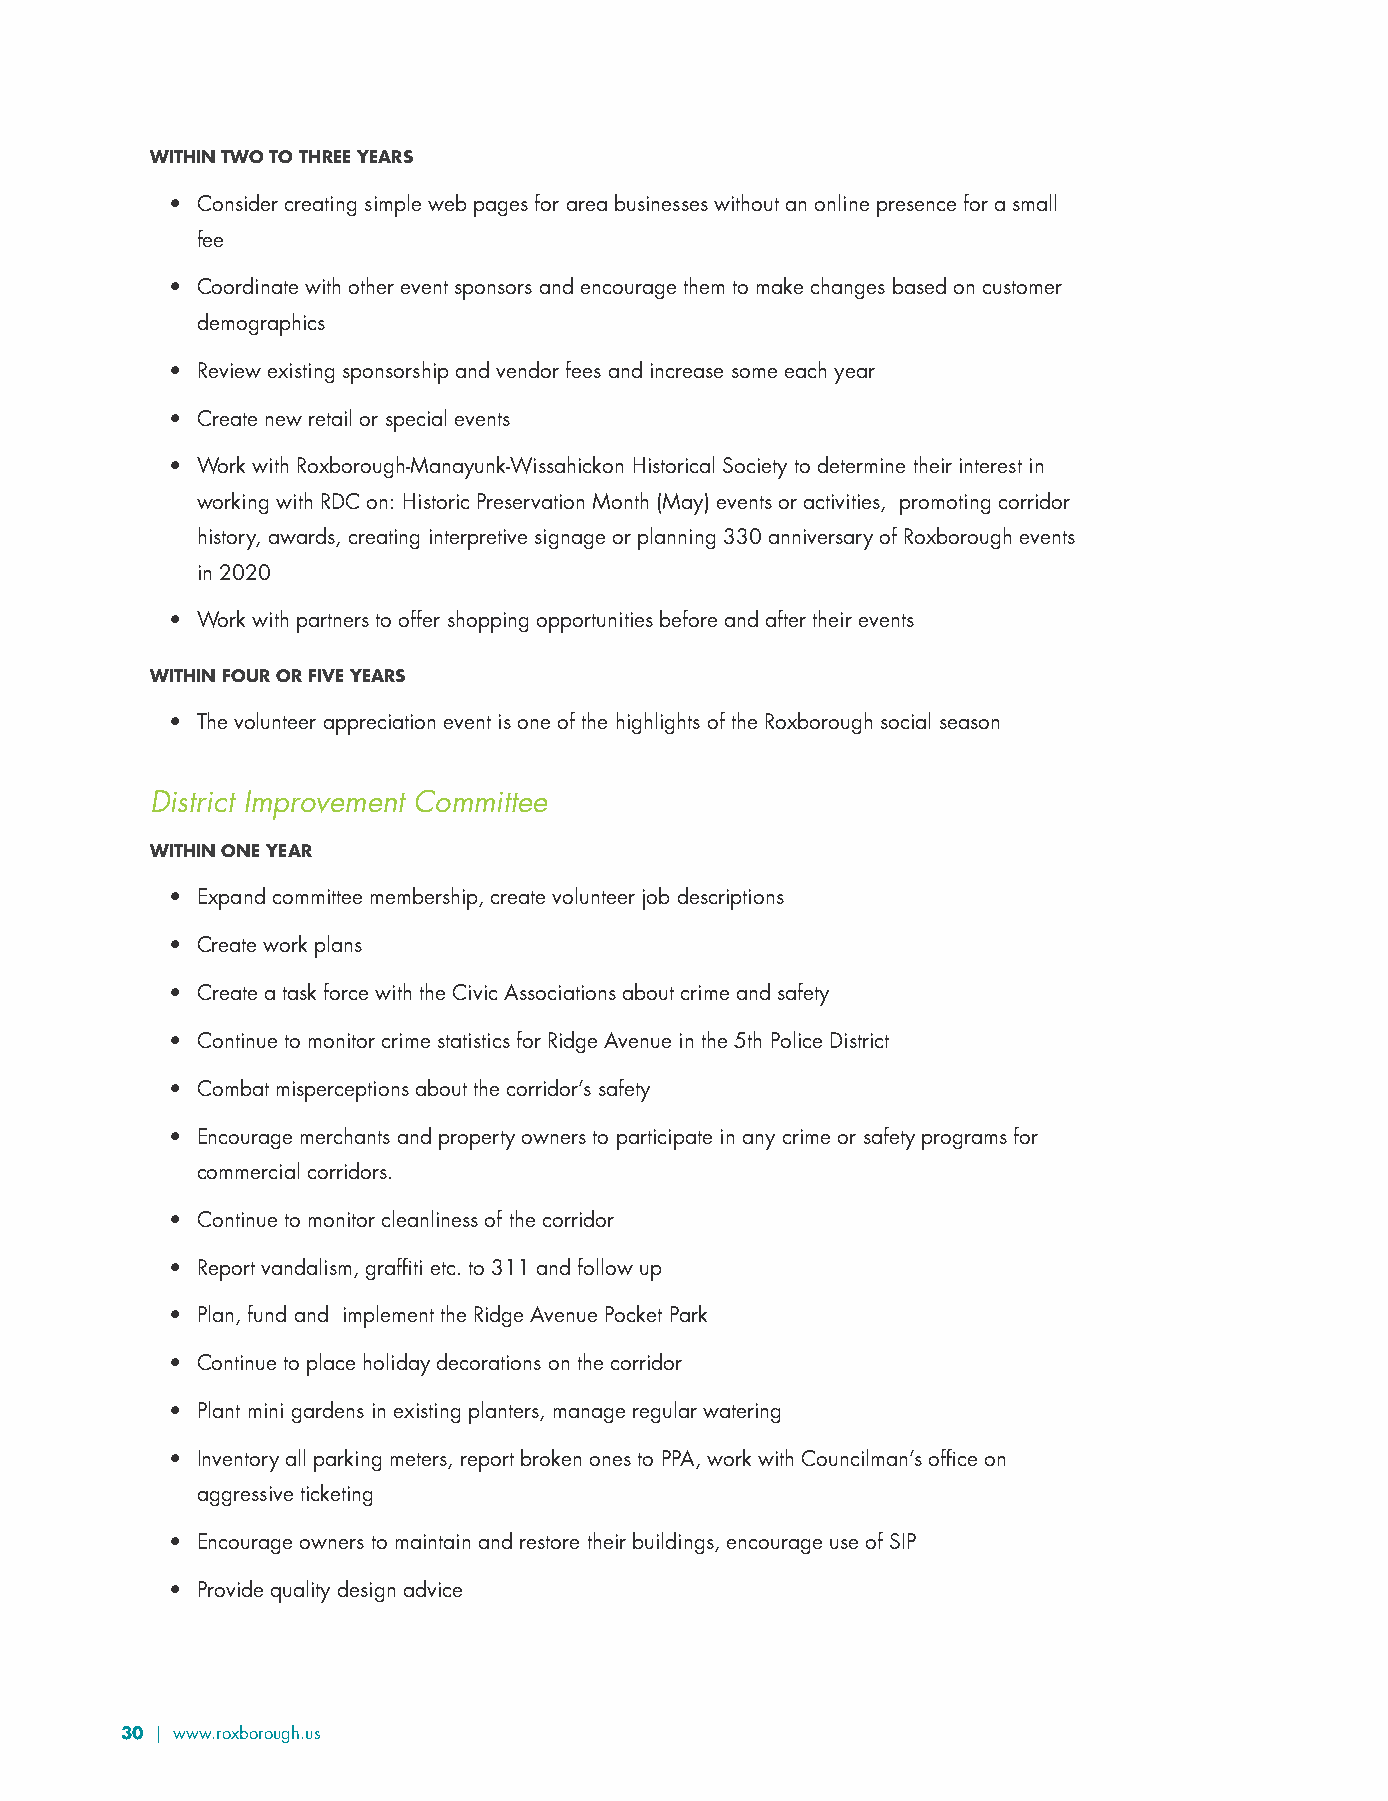
WITHIN TWO TO THREE YEARS
 • Consider creating simple web pages for area businesses without an online presence for a small
 fee
 • Coordinate with other event sponsors and encourage them to make changes based on customer
 demographics
 • Review existing sponsorship and vendor fees and increase some each year
 • Create new retail or special events
 • Work with Roxborough-Manayunk-Wissahickon Historical Society to determine their interest in
 working with RDC on: Historic Preservation Month (May) events or activities, promoting corridor
 history, awards, creating interpretive signage or planning 330 anniversary of Roxborough events
 in 2020
 • Work with partners to offer shopping opportunities before and after their events
 WITHIN FOUR OR FIVE YEARS
 • The volunteer appreciation event is one of the highlights of the Roxborough social season
 District Improvement Committee
 WITHIN ONE YEAR
 • Expand committee membership, create volunteer job descriptions
 • Create work plans
 • Create a task force with the Civic Associations about crime and safety
 • Continue to monitor crime statistics for Ridge Avenue in the 5th Police District
 • Combat misperceptions about the corridor’s safety
 • Encourage merchants and property owners to participate in any crime or safety programs for
 commercial corridors.
 • Continue to monitor cleanliness of the corridor
 • Report vandalism, graffiti etc. to 311 and follow up
 • Plan, fund and implement the Ridge Avenue Pocket Park
 • Continue to place holiday decorations on the corridor
 • Plant mini gardens in existing planters, manage regular watering
 • Inventory all parking meters, report broken ones to PPA, work with Councilman’s office on
 aggressive ticketing
 • Encourage owners to maintain and restore their buildings, encourage use of SIP
 • Provide quality design advice
 30 | www.roxborough.us